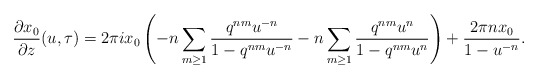
\begin{align*}\frac{\partial x_0}{\partial z}(u,\tau)=2\pi i x_0\left( - n \sum_{m \geq 1} \frac{q^{nm}u^{-n}}{1-q^{nm}u^{-n}}-n \sum_{m \geq 1} \frac{q^{nm}u^{n}}{1-q^{nm}u^{n}}\right) +\frac{ 2 \pi n x_0}{1-u^{-n}}.\end{align*}